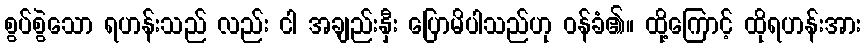
စွပ်စွဲသော ရဟန်းသည် လည်း ငါ အချည်းနှီး ပြောမိပါသည်ဟု ဝန်ခံ၏။ ထို့ကြောင့် ထိုရဟန်းအား